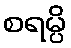
စရမ္ပိ